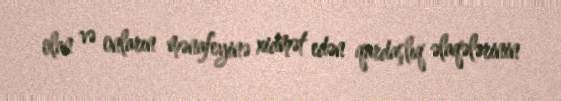
olan və onların mənafeyinə xidmət edən qardaşlıq əlaqələrinin